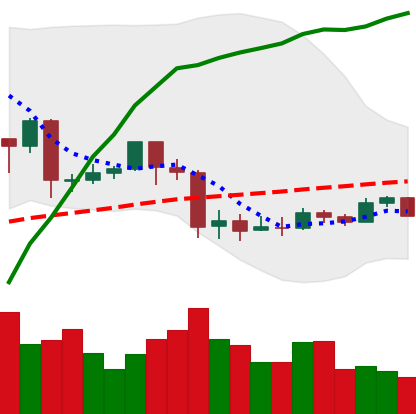
Ticker: EOS-USD
Chart end date: 2020-03-07
Forward return: -49.451%
Label: down_7plus